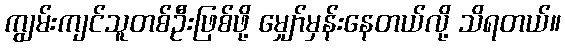
ကျွမ်းကျင်သူတစ်ဦးဖြစ်ဖို့ မျှော်မှန်းနေတယ်လို့ သိရတယ်။